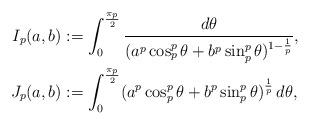
LaTeX: \begin{align*}I_p(a,b)&:=\int_0^{\frac{\pi_p}{2}} \frac{d\theta}{(a^p\cos_p^p{\theta}+b^p\sin_p^p{\theta})^{1-\frac1p}},\\J_p(a,b)&:=\int_0^{\frac{\pi_p}{2}} (a^p\cos_p^p{\theta}+b^p\sin_p^p{\theta})^{\frac1p}\,d\theta,\end{align*}